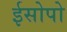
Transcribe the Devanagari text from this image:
ईसोपो